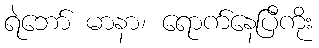
ရဲဘော် မာနာ၊ ရောက်နေပြီကိုး